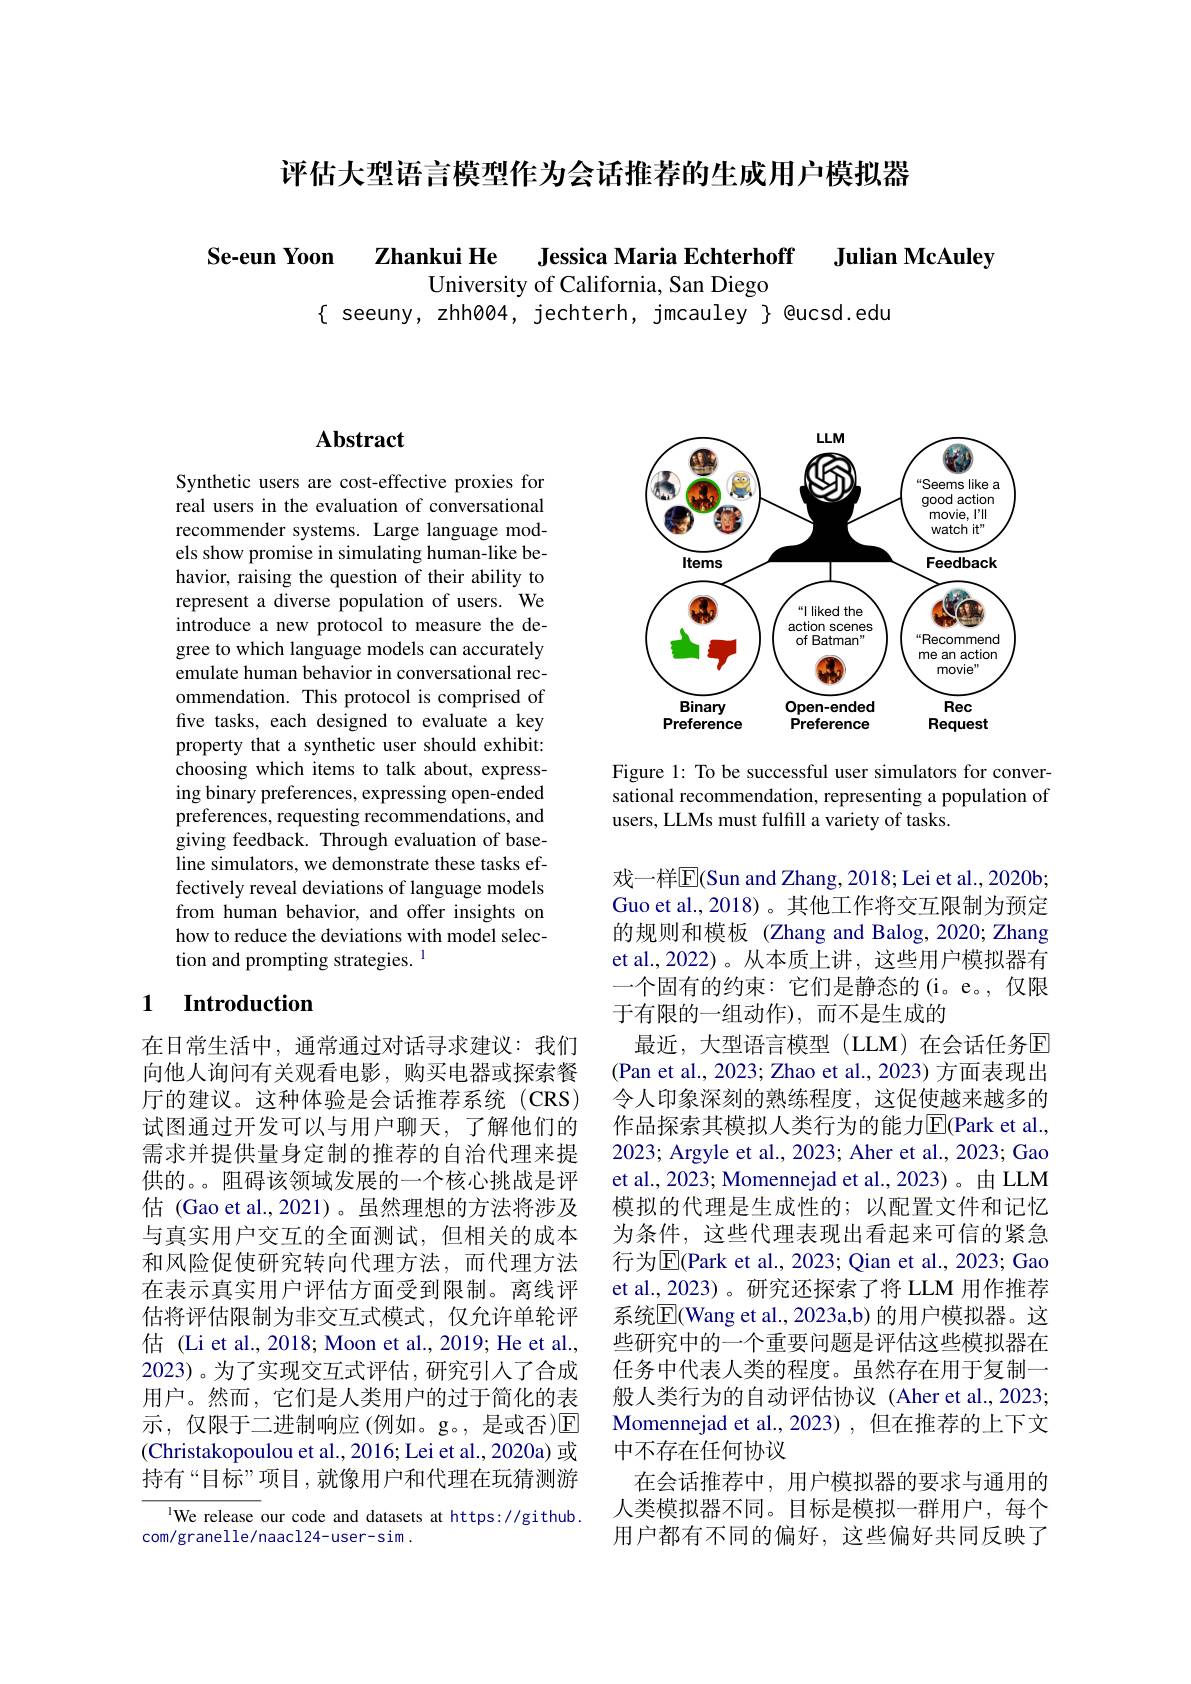
评估大型语言模型作为会话推荐的生成用户模拟器

Se-eun Yoon Zhankui He

Jessica Maria Echterhoff

Julian McAuley

University of California, San Diego
$\{$ seeuny, zhhøø4, jechterh, jmcauley $\}$ @ucsd.edu

## $\mathbf{Abstract}$

Synthetic users are cost-effective proxies for real users in the evaluation of conversational recommender systems. Large language models show promise in simulating human-like behavior, raising the question of their ability to represent a diverse population of users. We introduce a new protocol to measure the degree to which language models can accurately emulate human behavior in conversational recommendation. This protocol is comprised of five tasks, each designed to evaluate a key property that a synthetic user should exhibit: choosing which items to talk about, expressing binary preferences, expressing open-ended preferences, requesting recommendations, and giving feedback. Through evaluation of baseline simulators, we demonstrate these tasks effectively reveal deviations of language models from human behavior, and offer insights on how to reduce the deviations with model selection and prompting strategies. 1

## 1 $\textbf{Introduction}$

在日常生活中，通常通过对话寻求建议：我们向他人询问有关观看电影，购买电器或探索餐厅的建议。这种体验是会话推荐系统(CRS) 试图通过开发可以与用户聊天，了解他们的需求并提供量身定制的推荐的自治代理来提供的。。阻碍该领域发展的一个核心挑战是评估 (Gao et al.,2021)。虽然理想的方法将涉及与真实用户交互的全面测试，但相关的成本和风险促使研究转向代理方法，而代理方法在表示真实用户评估方面受到限制。离线评估将评估限制为非交互式模式，仅允许单轮评估 (Li et al., 2018; Moon et al., 2019; He et al., 2023)。为了实现交互式评估，研究引人了合成用户。然而，它们是人类用户的过于简化的表示，仅限于二进制响应(例如。g。,是或否)$\mathbb{E}$ (Christakopoulou et al., 2016; Lei et al., 2020a) 或持有“目标”项目，就像用户和代理在玩猜测游

IWe release our code and datasets at https://github.
com/granelle/naacl24-user-sim.

<FigureHere>

Figure 1: To be successful user simulators for conversational recommendation, representing a population of users, LLMs must fulfill a variety of tasks.

戏一样$\overline{\mathbb{E}}$(Sun and Zhang, 2018; Lei et al., 2020b; Guo et al.,2018)。其他工作将交互限制为预定的规则和模板(Zhang and Balog, 2020; Zhang et al.,2022)。从本质上讲，这些用户模拟器有一个固有的约束：它们是静态的(i。e。,仅限于有限的一组动作),而不是生成的
最近，大型语言模型(LLM)在会话任务回(Pan et al., 2023; Zhao et al., 2023) 方面表现出令人印象深刻的熟练程度，这促使越来越多的作品探索其模拟人类行为的能力$\overline{\mathrm{E}}($Park et al., 2023; Argyle et al., 2023; Aher et al., 2023; Gao et al., 2023; Momennejad et al., 2023)。由 LLM 模拟的代理是生成性的；以配置文件和记忆为条件，这些代理表现出看起来可信的紧急行为$\overline{\mathrm{E}}($Park et al., 2023; Qian et al., 2023; Gao et al., 2023) 。研究还探索了将 LLM 用作推荐系统$\overline{\mathrm{E}}($Wang et al., 2023a,b) 的用户模拟器。这些研究中的一个重要问题是评估这些模拟器在任务中代表人类的程度。虽然存在用于复制一般人类行为的自动评估协议(Aher et al., 2023; Momennejad et al.,2023) ,但在推荐的上下文中不存在任何协议
在会话推荐中，用户模拟器的要求与通用的人类模拟器不同。目标是模拟一群用户，每个用户都有不同的偏好，这些偏好共同反映了